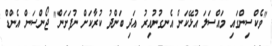
"ވެކްސިންގައި މައްސަލަ އުޅޭކަން އެނގުނުއިރު އަދި ބަންދު ކުރާކަށް ނުފަށަން" ޖޯންސަން އެންޑް